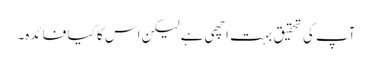
آپ کی تحقیق بہت اچھی ہے لیکن اس کا کیا فائدہ۔